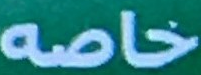
خاصه